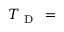
T _ { \mathrm { ~ D ~ } } \, =